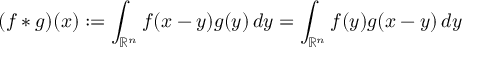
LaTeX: ( f \ast g ) ( x ) : = \int _ { \mathbb { R } ^ { n } } f ( x - y ) g ( y ) \, d y = \int _ { \mathbb { R } ^ { n } } f ( y ) g ( x - y ) \, d y